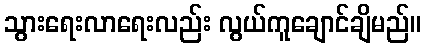
သွားရေးလာရေးလည်း လွယ်ကူချောင်ချိမည်။